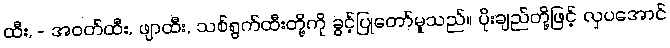
ထီး, - အဝတ်ထီး, ဖျာထီး, သစ်ရွက်ထီးတို့ကို ခွင့်ပြုတော်မူသည်။ ပိုးချည်တို့ဖြင့် လှပအောင်